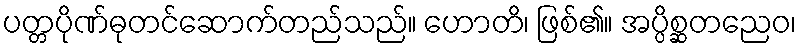
ပတ္တပိုဏ်ဓုတင်ဆောက်တည်သည်။ ဟောတိ၊ ဖြစ်၏။ အပ္ပိစ္ဆတညေဝ၊